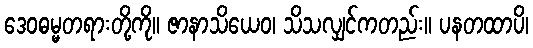
ဒေဝဓမ္မတရားတို့ကို။ ဇာနာသိယေဝ၊ သိသလျှင်ကတည်း။ ပနတထာပိ၊